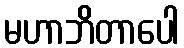
မဟာဘိတာပေါ